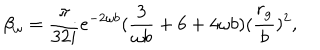
\beta _ { \omega } = \frac { \pi } { 3 2 i } e ^ { - 2 \omega b } ( \frac { 3 } { \omega b } + 6 + 4 \omega b ) ( \frac { r _ { g } } { b } ) ^ { 2 } ,